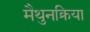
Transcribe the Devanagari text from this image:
मैथुनक्रिया